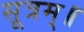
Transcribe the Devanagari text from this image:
सूत्रम्॥